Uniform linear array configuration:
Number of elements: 32
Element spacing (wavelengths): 1
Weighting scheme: binomial
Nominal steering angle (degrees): -30
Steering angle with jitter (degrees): -29.194
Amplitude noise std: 0.05
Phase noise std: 0.05

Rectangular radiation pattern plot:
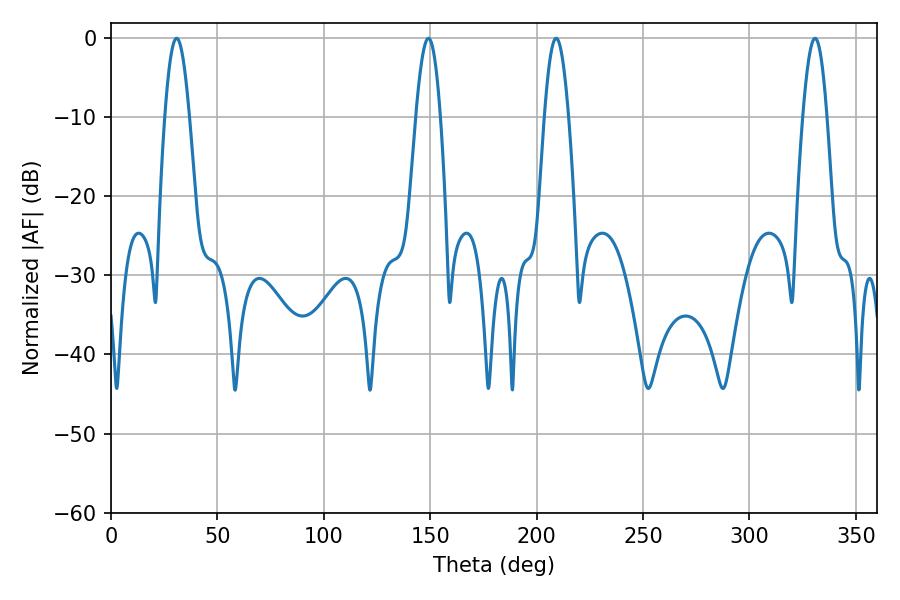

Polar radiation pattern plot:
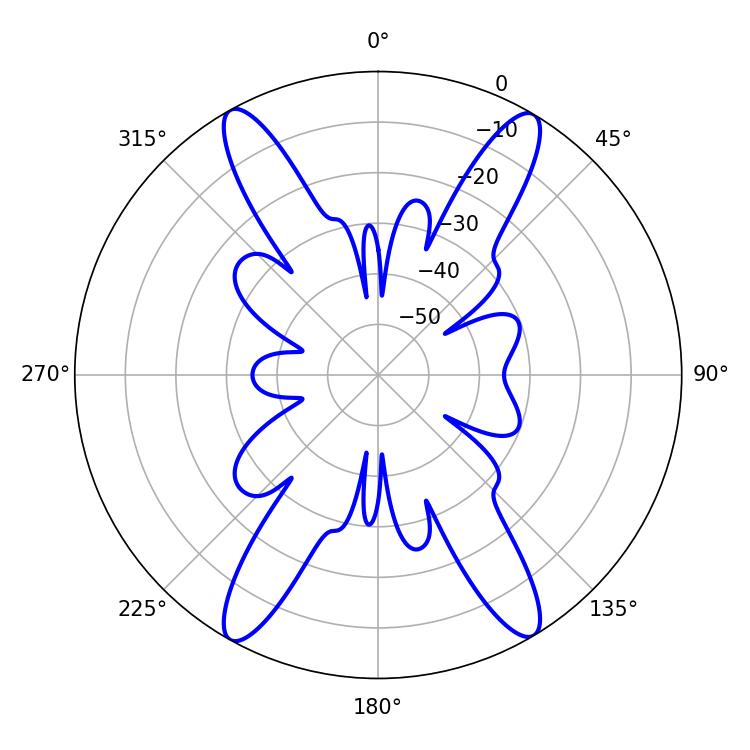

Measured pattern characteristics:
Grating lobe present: TRUE
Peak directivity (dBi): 24.026
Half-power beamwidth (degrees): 6.12
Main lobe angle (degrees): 209.16